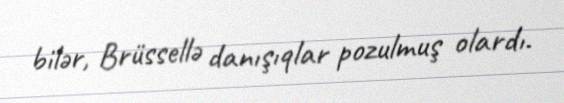
bilər, Brüssellə danışıqlar pozulmuş olardı.